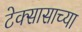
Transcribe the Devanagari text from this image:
टेक्सासाच्या